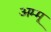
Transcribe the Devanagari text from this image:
अम्मू